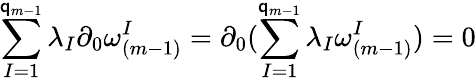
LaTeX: \sum_{I=1}^{\mathsf{q}_{m-1}}\lambda_{I}\partial_{0}\omega_{(m-1)}^{I}=\partial_{0}(\sum_{I=1}^{\mathsf{q}_{m-1}}\lambda_{I}\omega_{(m-1)}^{I})=0